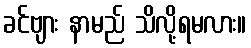
ခင်ဗျား နာမည် သိလို့ရမလား။